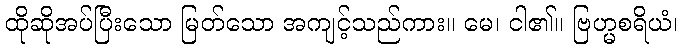
ထိုဆိုအပ်ပြီးသော မြတ်သော အကျင့်သည်ကား။ မေ၊ ငါ၏။ ဗြဟ္မစရိယံ၊